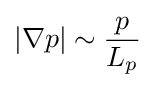
|\nabla p|\sim {\frac {p}{L_{p}}}